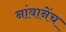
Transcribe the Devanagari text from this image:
नांवानेंच